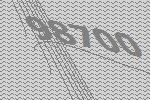
98700